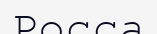
Росса